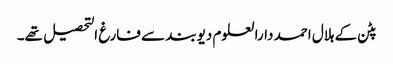
پٹن کے ہلال احمد دارالعلوم دیوبند سے فارغ التحصیل تھے۔